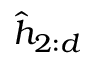
\hat { h } _ { 2 : d }